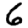
Digit: 6